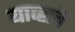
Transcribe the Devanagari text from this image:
याव्हाचें